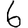
Digit: 6